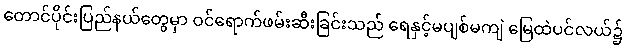
တောင်ပိုင်းပြည်နယ်တွေမှာ ဝင်ရောက်ဖမ်းဆီးခြင်းသည် ရေနှင့်မပျစ်မကျဲ မြေထဲပင်လယ်၌